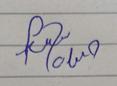
Signature authenticity: forged